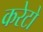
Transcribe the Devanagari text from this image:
करेटो